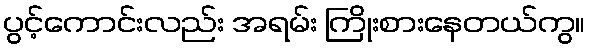
ပွင့်ကောင်းလည်း အရမ်း ကြိုးစားနေတယ်ကွ။